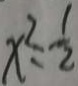
x ^ { 2 } = \frac { 1 } { 2 }